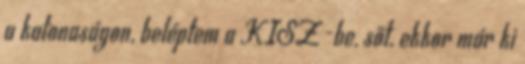
a katonaságon, beléptem a KISZ-be, sőt, ekkor már ki